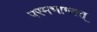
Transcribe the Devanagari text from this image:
परमभागवत्